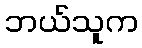
ဘယ်သူက